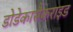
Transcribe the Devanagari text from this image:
डोडेकासैकराइड